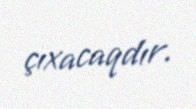
çıxacaqdır.